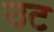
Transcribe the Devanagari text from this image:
उट